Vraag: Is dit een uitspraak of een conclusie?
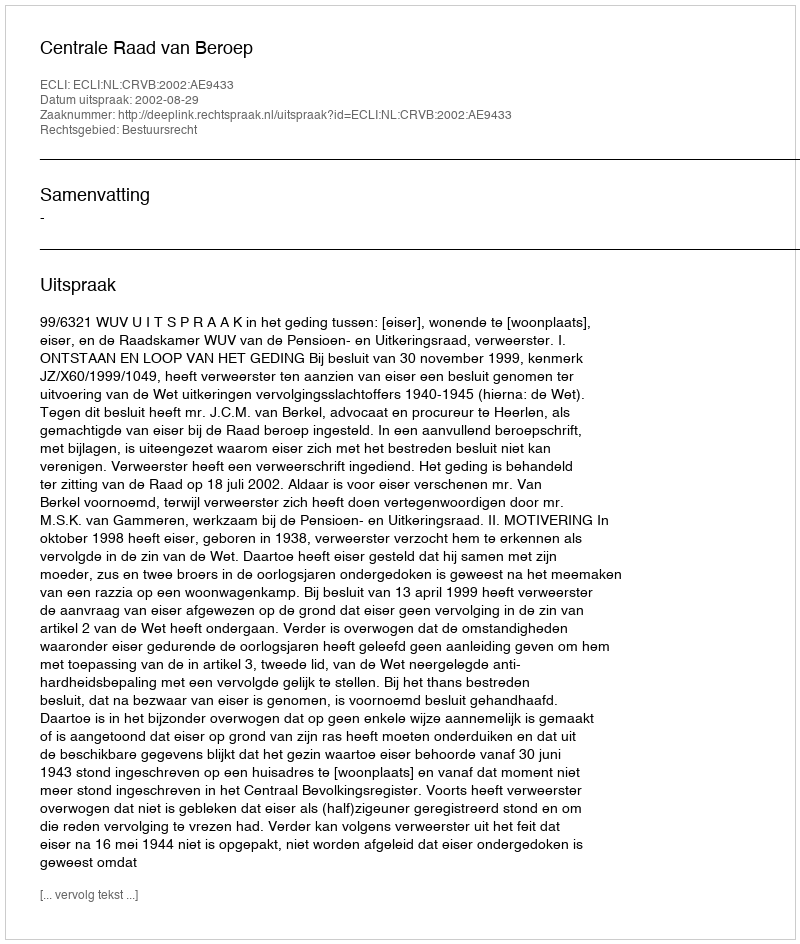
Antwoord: Uitspraak